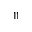
^ { 1 1 }